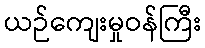
ယဉ်ကျေးမှုဝန်ကြီး